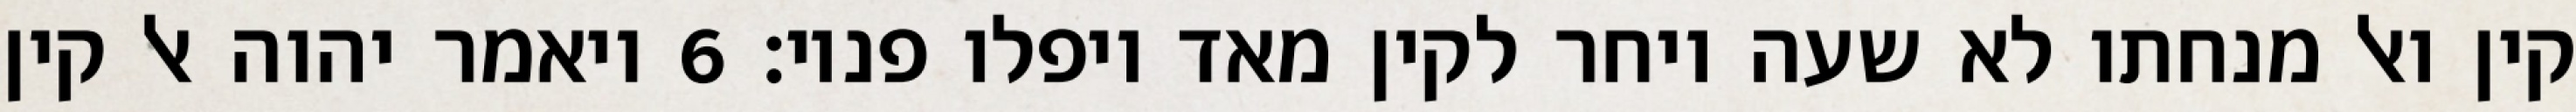
קין ואל מנחתו לא שעה ויחר לקין מאד ויפלו פניו׃ ‎6‏ ויאמר יהוה אל קין